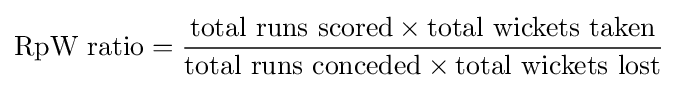
{\text{RpW ratio}}={\frac {{\text{total runs scored}}\times {\text{total wickets taken}}}{{\text{total runs conceded}}\times {\text{total wickets lost}}}}